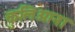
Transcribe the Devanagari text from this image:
कुलिआना